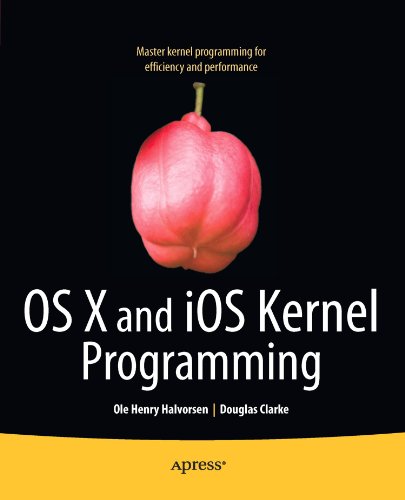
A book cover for OS X and iOS Kernel Programming; Ole Henry Halvorsen; Computers & Technology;